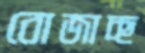
বোজাচ্ছ